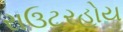
રાઉટરહોય